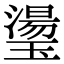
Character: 璗